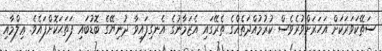
ސަތޭކަވަރަކަށް އަހަރަށްވުރެވެސް ކުރުމުއްދަތެއްގެ ތެރޭގައި އެޒަމާނުގެ އެނގިފައިވާ ދުނިޔޭގެ ބޮޑުބައި ފަތަޙަކޮށްފައެވެ. ޢިލްމާއި